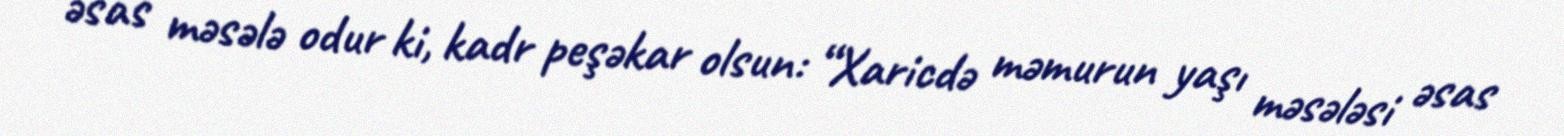
əsas məsələ odur ki, kadr peşəkar olsun: “Xaricdə məmurun yaşı məsələsi əsas